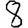
Digit: 8